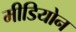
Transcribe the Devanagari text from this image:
मीडियोन